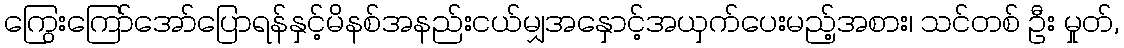
ကြွေးကြော်အော်ပြောရန်နှင့်မိနစ်အနည်းငယ်မျှအနှောင့်အယှက်ပေးမည့်အစား၊ သင်တစ် ဦး မှုတ်,